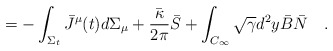
\begin{align*}=-\int_{\Sigma_t}\bar{J}^\mu(t)d\Sigma_\mu+{\bar{\kappa} \over 2\pi}\bar{S}+ \int_{C_\infty} \sqrt{\gamma}d^2y \bar{B}\bar{N}~~~.\end{align*}